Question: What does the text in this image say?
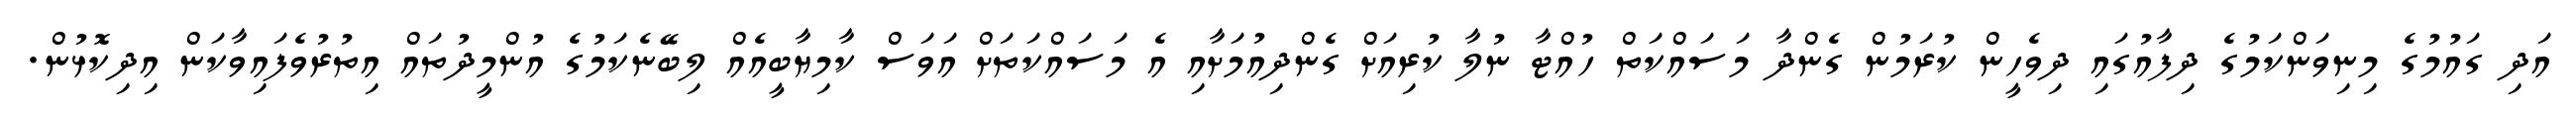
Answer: އަދި ގައުމުގެ މިނިވަންކަމުގެ ދިފާއުގައި ދިވެހީން ކުރަމުން ގެންދާ މަސައްކަތް ހުއްޓާ ނުލާ ކުރިއަށް ގެންދިއުމަށާއި އެ މަސައްކަތަށް އަވަސް ކާމިޔާބީއެއް ލިބޭނެކަމުގެ އުންމީދުތައް އިތުރުވެފައިވާކަން އިދިކޮޅުން.